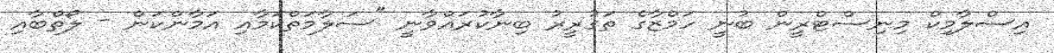
އިސްލާމިކް މިނިސްޓްރީން ބުނީ ހަމްޒާގެ ތަގުރީރު ބިނާކުރައްވާނީ "ސަލާމަތްކަމާއި އަމާންކަން - ލޯތްބާއި